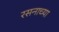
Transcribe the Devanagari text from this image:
रसनाच्या